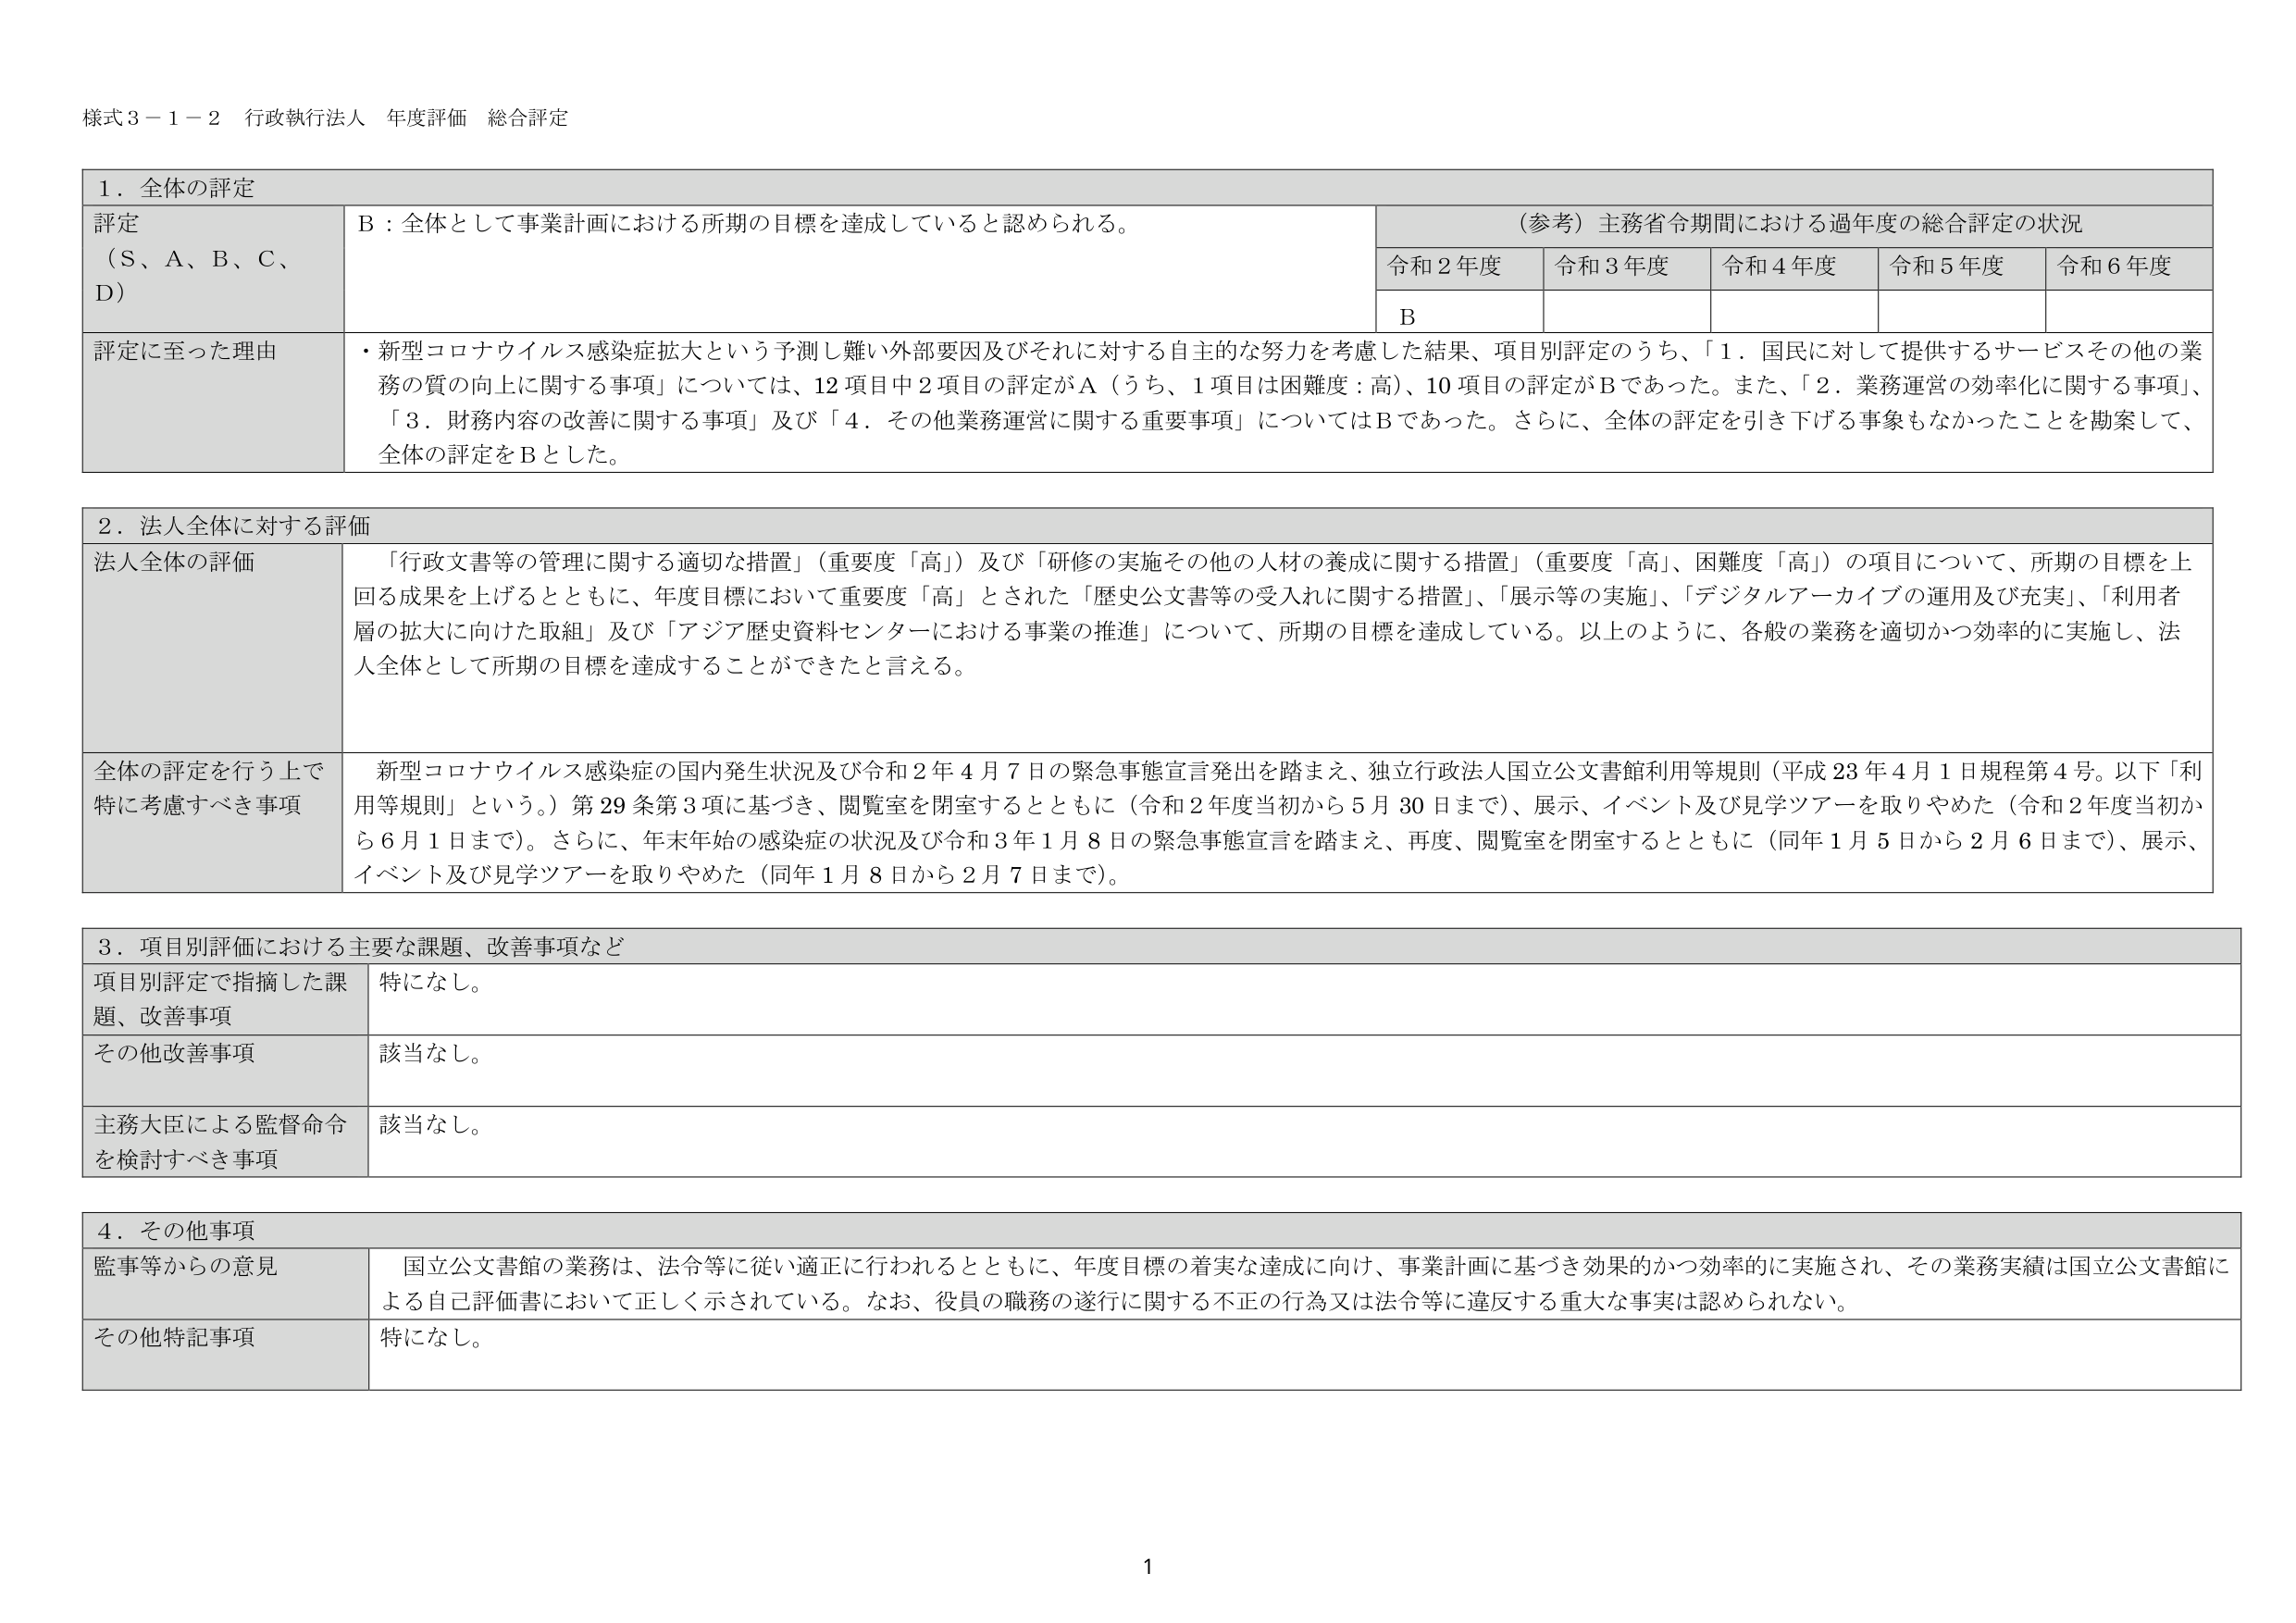
様式３－１－２ 行政執行法人 年度評価 総合評定

１．全体の評定

評定（S、A、B、C、D）　B：全体として事業計画における所期の目標を達成していると認められる。

（参考）主務省令期間における過年度の総合評定の状況
令和２年度　令和３年度　令和４年度　令和５年度　令和６年度
B

評定に至った理由　・新型コロナウイルス感染症拡大という予測し難い外部要因及びそれに対する自主的な努力を考慮した結果、項目別評定のうち、「１．国民に対して提供するサービスその他の業務の質の向上に関する事項」については、12項目中2項目の評定がA（うち、1項目は困難度：高）、10項目の評定がBであった。また、「２．業務運営の効率化に関する事項」、「３．財務内容の改善に関する事項」及び「４．その他業務運営に関する重要事項」についてはBであった。さらに、全体の評定を引き下げる事象もなかったことを勘案して、全体の評定をBとした。

２．法人全体に対する評価

法人全体の評価　「行政文書等の管理に関する適切な措置」（重要度「高」）及び「研修の実施その他の人材の養成に関する措置」（重要度「高」、困難度「高」）の項目について、所期の目標を上回る成果を上げるとともに、年度目標において重要度「高」とされた「歴史公文書等の受入れに関する措置」、「展示等の実施」、「デジタルアーカイブの運用及び充実」、「利用者層の拡大に向けた取組」及び「アジア歴史資料センターにおける事業の推進」について、所期の目標を達成している。以上のように、各般の業務を適切かつ効率的に実施し、法人全体として所期の目標を達成することができたと言える。

全体の評定を行う上で特に考慮すべき事項　新型コロナウイルス感染症の国内発生状況及び令和２年４月７日の緊急事態宣言発出を踏まえ、独立行政法人国立公文書館利用等規則（平成23年４月１日規程第４号。以下「利用等規則」という。）第29条第3項に基づき、閲覧室を閉室するとともに（令和２年度当初から５月30日まで）、展示、イベント及び見学ツアーを取りやめた（令和２年度当初から６月１日まで）。さらに、年末年始の感染症の状況及び令和３年１月８日の緊急事態宣言を踏まえ、再度、閲覧室を閉室するとともに（同年１月５日から２月６日まで）、展示、イベント及び見学ツアーを取りやめた（同年１月８日から２月７日まで）。

３．項目別評価における主要な課題、改善事項など

項目別評定で指摘した課題、改善事項　特になし。

その他改善事項　該当なし。

主務大臣による監督命令を検討すべき事項　該当なし。

４．その他事項

監事等からの意見　国立公文書館の業務は、法令等に従い適正に行われるとともに、年度目標の着実な達成に向け、事業計画に基づき効果的かつ効率的に実施され、その業務実績は国立公文書館による自己評価書において正しく示されている。なお、役員の職務の遂行に関する不正の行為又は法令等に違反する重大な事実は認められない。

その他特記事項　特になし。

1